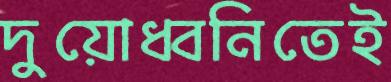
দুয়োধ্বনিতেই